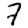
Digit: 7